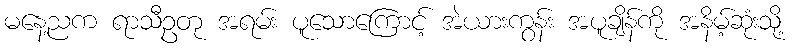
မနေ့ညက ရာသီဥတု အရမ်း ပူသောကြောင့် အဲယားကွန်း အပူချိန်ကို အနိမ့်ဆုံးသို့